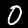
Label: 0